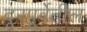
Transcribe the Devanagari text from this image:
दूरपूर्वेतील